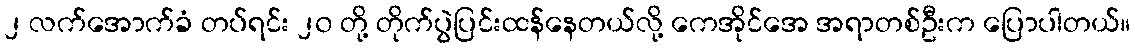
၂ လက်အောက်ခံ တပ်ရင်း ၂၀ တို့ တိုက်ပွဲပြင်းထန်နေတယ်လို့ ကေအိုင်အေ အရာတစ်ဦးက ပြောပါတယ်။